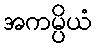
အကမ္ပိယံ